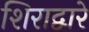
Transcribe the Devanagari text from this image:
शिराद्वारे